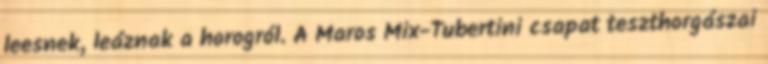
leesnek, leáznak a horogról. A Maros Mix-Tubertini csapat teszthorgászai